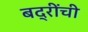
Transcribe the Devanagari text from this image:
बद्रींची